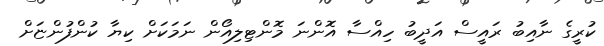
ކުރީގެ ނާއިބު ރައީސް އަދީބު ހިއްސާ އޮންނަ މޮންޓިލިއޯން ނަމަކަށް ކިޔާ ކުންފުންޏަށް